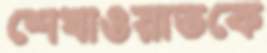
শেখাওয়াতকে